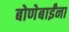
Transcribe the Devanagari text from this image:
बोणेबाईंना